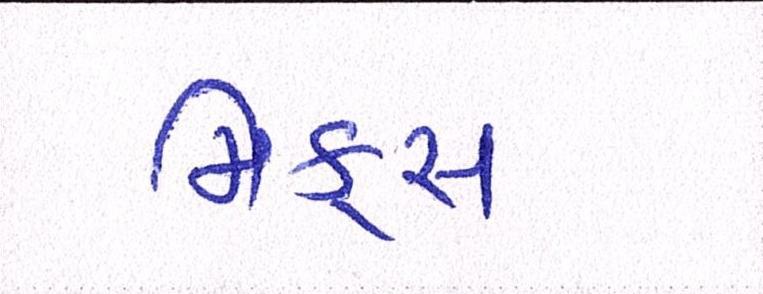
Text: મિક્સ